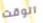
الوقت